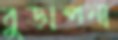
বুড়াপনা